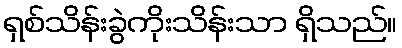
ရှစ်သိန်းခွဲကိုးသိန်းသာ ရှိသည်။